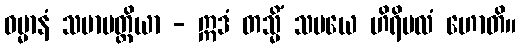
ဓမ္မာနံ သမာပတ္တိယာ - ဣဒံ တသ္မိံ သမယေ ဟိရိဗလံ ဟောတိ။